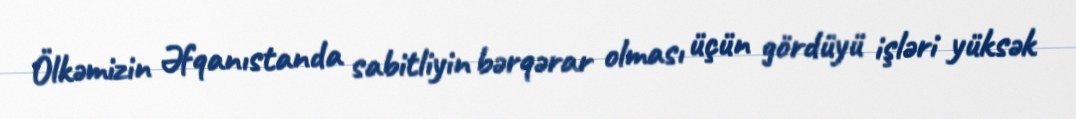
Ölkəmizin Əfqanıstanda sabitliyin bərqərar olması üçün gördüyü işləri yüksək